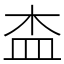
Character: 㭗